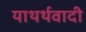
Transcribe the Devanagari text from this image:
याथर्थवादी